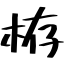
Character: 栫